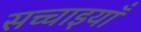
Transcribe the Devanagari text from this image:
सच्चाइयाँ